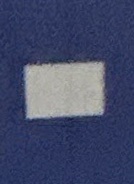
-